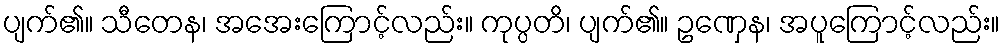
ပျက်၏။ သီတေန၊ အအေးကြောင့်လည်း။ ကုပ္ပတိ၊ ပျက်၏။ ဥဏှေန၊ အပူကြောင့်လည်း။